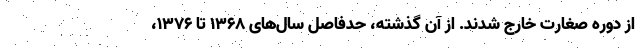
از دوره صغارت خارج شدند. از آن گذشته، حدفاصل سال‌های ۱۳۶۸ تا ۱۳۷۶،